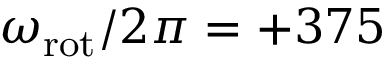
\omega _ { \mathrm { r o t } } / 2 \pi = + 3 7 5